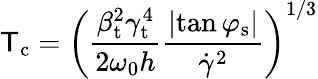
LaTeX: \mathsf{T}_{\mathrm{{c}}}=\left(\frac{{\beta_{\mathrm{{t}}}^{2}\gamma_{\mathrm{{t}}}^{4}}}{{2\omega_{0}h}}\frac{{\left|\tan{\varphi_{\mathrm{{s}}}}\right|}}{{\dot{{\gamma}}^{2}}}\right)^{1/3}